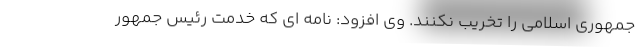
جمهوری اسلامی را تخریب نکنند. وی افزود: نامه ای که خدمت رئیس جمهور